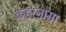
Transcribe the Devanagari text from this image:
कहरनामा